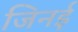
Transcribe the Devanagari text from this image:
जिनई